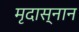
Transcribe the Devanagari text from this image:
मृदास्नान